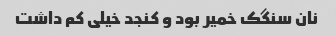
نان سنگک خمیر بود و کنجد خیلی کم داشت